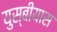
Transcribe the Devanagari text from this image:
युस्बीयास